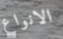
الانواع